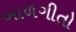
બાળગીતો